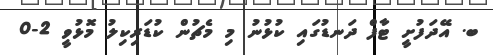
ބ. އޭދަފުށީ ޓާފް ދަނޑުގައި ކުޅުނު މި މެޗުން ކުޑަރިކިލު މޮޅުވީ 2-0